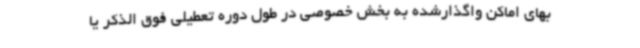
بهای اماکن واگذارشده به بخش خصوصی در طول دوره تعطیلی فوق الذکر یا